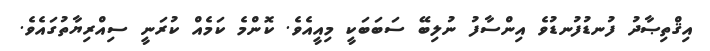
އިޤްތިޞާދު ފުނޑުފުނޑުވެ އިންސާފު ނުލިބޭ ސަބަބަކީ މިއީއެވެ. ކޮންމެ ކަމެއް ކުރަނީ ސިއްރިޔާތުގައެވެ.